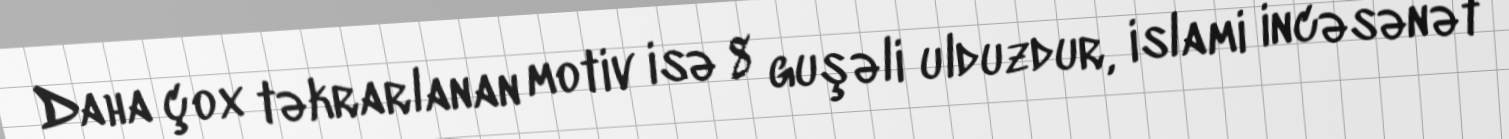
Daha çox təkrarlanan motiv isə 8 guşəli ulduzdur, islami incəsənət